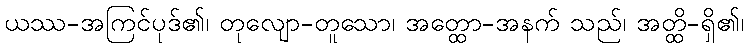
ယဿ-အကြင်ပုဒ်၏၊ တုလျော-တူသော၊ အတ္ထော-အနက် သည်၊ အတ္ထိ-ရှိ၏၊